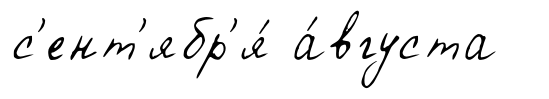
с'ент'ябр'я́ а́вгуста